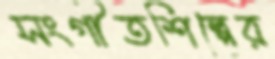
সংগীতশিল্পের